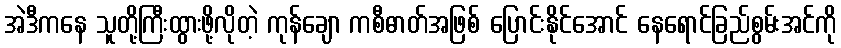
အဲဒီကနေ သူတို့ကြီးထွားဖို့လိုတဲ့ ကုန်ချော ကစီဓာတ်အဖြစ် ပြောင်းနိုင်အောင် နေရောင်ခြည်စွမ်းအင်ကို